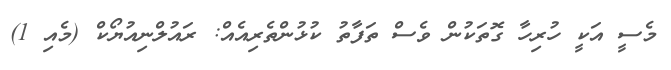
މެސީ އަކީ ހުރިހާ ގޮތަކުން ވެސް ތަފާތު ކުޅުންތެރިއެއް: ރައުލްނިއުޔޯކް (މެއި 1)